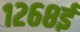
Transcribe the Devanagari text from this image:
१२६८ई